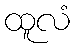
ထူလံ